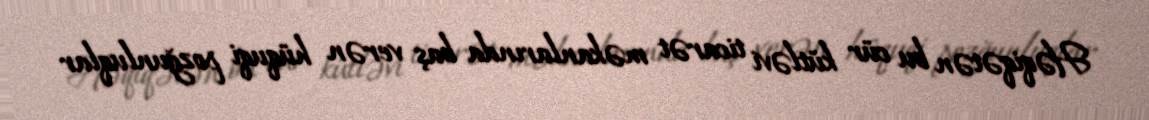
Həqiqətən bu cür kütləvi ticarət məkanlarında baş verən hüquqi pozğunluqlar